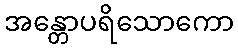
အန္တောပရိသောကော